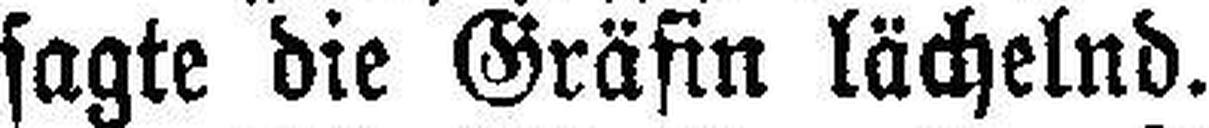
sagte die Gräfin lächelnd.